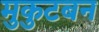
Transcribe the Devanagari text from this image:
मुकुटबन